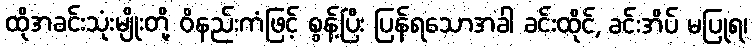
ထိုအခင်းသုံးမျိုးတို့ ဝိနည်းကံဖြင့် စွန့်ပြီး ပြန်ရသောအခါ ခင်းထိုင်, ခင်းအိပ် မပြုရ၊